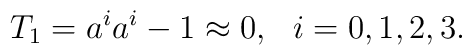
T_1 = a^ia^i - 1 \approx 0, \,\,\,\, i=0,1,2,3.